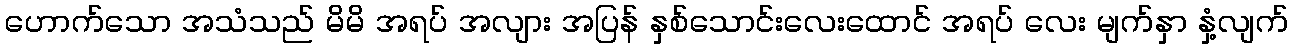
ဟောက်သော အသံသည် မိမိ အရပ် အလျား အပြန် နှစ်သောင်းလေးထောင် အရပ် လေး မျက်နှာ နှံ့လျက်